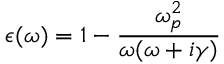
\epsilon ( \omega ) = 1 - \frac { \omega _ { p } ^ { 2 } } { \omega ( \omega + i \gamma ) }